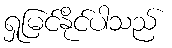
ရှုမြင်နိုင်ပါသည်